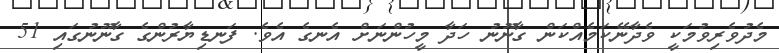
މެދުވެރިވުމަކީ ވެދާނޭކަމެއްކަން ގާނޫނު ހަދާ މީހުންނަށް އެނގެ އެވެ. ފަނޑިޔާރުންގެ ގާނޫނުގައި 51